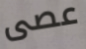
عصى